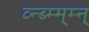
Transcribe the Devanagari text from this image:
व्न्ब्म्म्म्न्